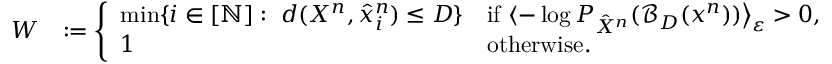
\begin{array} { r l } { W } & { : = \left\{ \begin{array} { l l } { \operatorname* { m i n } \{ i \in [ \mathbb { N } ] : ~ d ( X ^ { n } , \hat { x } _ { i } ^ { n } ) \leq D \} } & { \mathrm { i f ~ } \langle - \log P _ { \hat { X } ^ { n } } ( \mathcal { B } _ { D } ( x ^ { n } ) ) \big \rangle _ { \varepsilon } > 0 , } \\ { 1 } & { \mathrm { o t h e r w i s e } . } \end{array} \right. } \end{array}